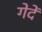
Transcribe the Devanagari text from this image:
गेदें